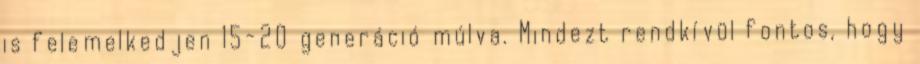
is felemelkedjen 15-20 generáció múlva. Mindezt rendkívül fontos, hogy